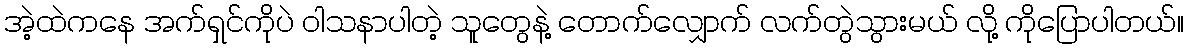
အဲ့ထဲကနေ အက်ရှင်ကိုပဲ ဝါသနာပါတဲ့ သူတွေနဲ့ တောက်လျှောက် လက်တွဲသွားမယ် လို့ ကိုပြောပါတယ်။